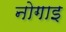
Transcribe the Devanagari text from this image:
नोगाइ